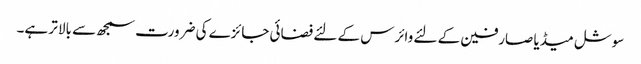
سوشل میڈیا صارفین کے لئے وائرس کے لئے فضائی جائزے کی ضرورت سمجھ سے بالا تر ہے۔